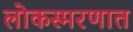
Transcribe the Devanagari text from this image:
लोकस्मरणात